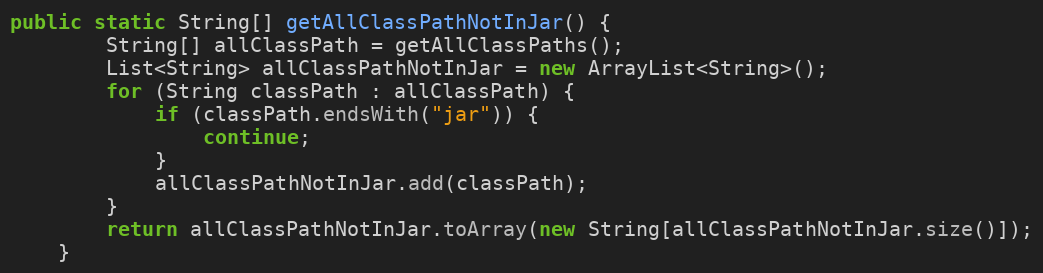
Language: Java
public static String[] getAllClassPathNotInJar() {
        String[] allClassPath = getAllClassPaths();
        List<String> allClassPathNotInJar = new ArrayList<String>();
        for (String classPath : allClassPath) {
            if (classPath.endsWith("jar")) {
                continue;
            }
            allClassPathNotInJar.add(classPath);
        }
        return allClassPathNotInJar.toArray(new String[allClassPathNotInJar.size()]);
    }